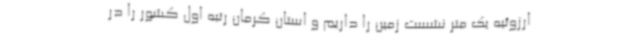
ارزوئیه یک متر نشست زمین را داریم و استان کرمان رتبه اول کشور را در